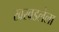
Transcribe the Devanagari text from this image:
खरवडलेला